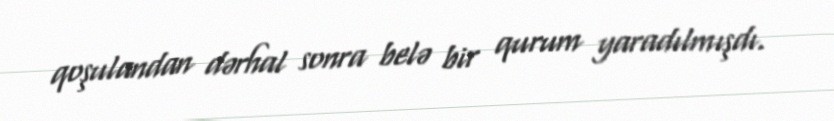
qoşulandan dərhal sonra belə bir qurum yaradılmışdı.